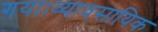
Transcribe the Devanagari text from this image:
गया।व्यावसायिक